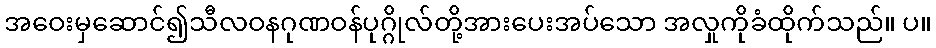
အဝေးမှဆောင်၍သီလဝနဂုဏဝန်ပုဂ္ဂိုလ်တို့အားပေးအပ်သော အလှုကိုခံထိုက်သည်။ ပ။